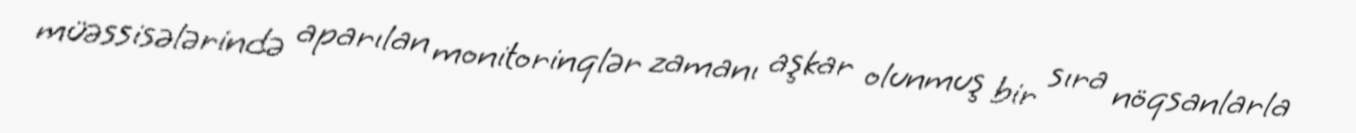
müəssisələrində aparılan monitorinqlər zamanı aşkar olunmuş bir sıra nöqsanlarla